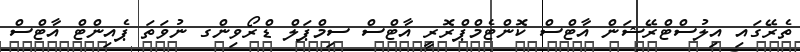
ތެރޭގައި އިލުސްޓްރޭޝަން އާޓްސް ކޮންޓެމްޕްރޮރީ އާޓްސް ސިމްޕަލް ޑްރޯވިންގ ނުވަތަ ޕެއިންޓް އާޓްސް